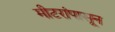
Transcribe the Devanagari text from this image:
मीटरांपासून